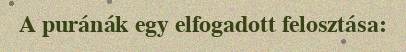
A puránák egy elfogadott felosztása: